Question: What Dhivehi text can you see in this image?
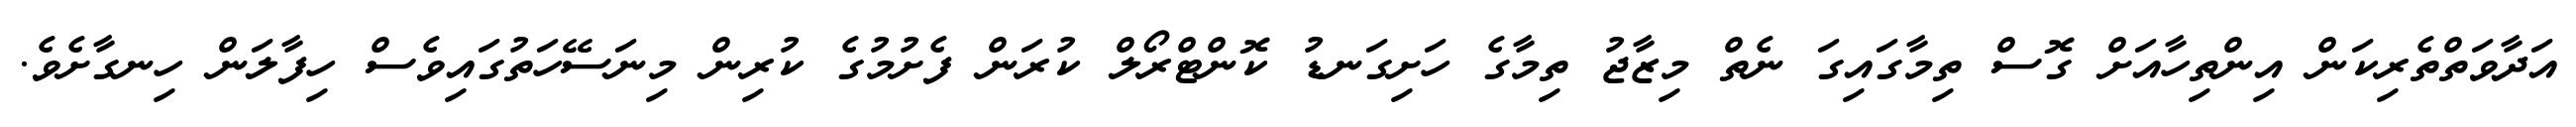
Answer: އަދާވަތްތެރިކަން އިންތިހާއަށް ގޮސް ތިމާގައިގަ ނެތް މިޒާޖު ތިމާގެ ހަށިގަނޑު ކޮންޓްރޯލް ކުރަން ފެށުމުގެ ކުރިން މިނަސޭހަތުގައިވެސް ހިފާލަން ހިނގާށެވެ.